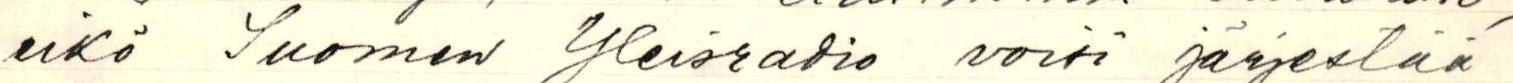
eikö Suomen Yleisradio voisi järjestää